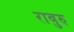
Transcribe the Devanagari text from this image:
रावुरु